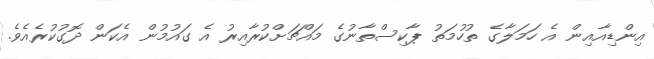
އިންޑިއާއިން އެ ހަމަލާގެ ތުހުމަތު ޕާކިސްތާނުގެ މައްޗަށްކުރާއިރު އެ ގައުމުން އެކަން ދޮގުކުރެއެވެ.